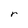
Character: r